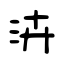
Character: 泋